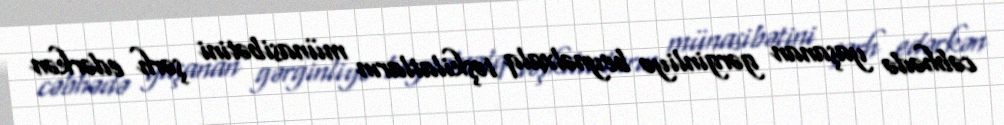
cəbhədə yaşanan gərginliyə beynəlxalq təşkilatların münasibətini şərh edərkən